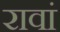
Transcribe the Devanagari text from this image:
रावां